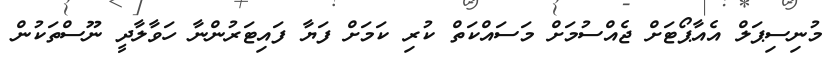
މުނިސިޕަލް އެއާޕޯޓަށް ޖެއްސުމަށް މަސައްކަތް ކުރި ކަމަށް ފަޔާ ފައިޓަރުންނާ ހަވާލާދީ ނޫސްތަކުން